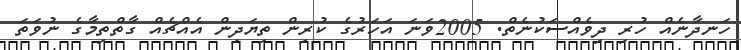
ހަނދާނެއް ހުރި ދިވެއްސަކުނެތް. 2005ވަނަ އަހަރުގެ ކުރިން ތިޔަދިން އެއްޗެއް ގާތްތިމާގެ ނުވަތަ